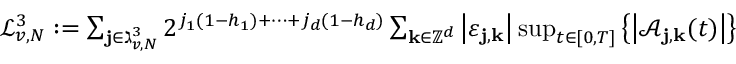
\begin{array} { r } { \mathcal { L } _ { v , N } ^ { 3 } : = \sum _ { \mathbf { j } \in \gimel _ { v , N } ^ { 3 } } 2 ^ { j _ { 1 } ( 1 - h _ { 1 } ) + \cdots + j _ { d } ( 1 - h _ { d } ) } \sum _ { \mathbf { k } \in \mathbb { Z } ^ { d } } \left| \varepsilon _ { \mathbf { j } , \mathbf { k } } \right| \operatorname* { s u p } _ { t \in [ 0 , T ] } \left\{ \left| \mathcal { A } _ { \mathbf { j } , \mathbf { k } } ( t ) \right| \right\} } \end{array}